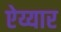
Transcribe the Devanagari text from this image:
ऐय्यार